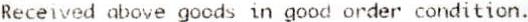
RECEIVED ABOVE GOODS IN GOOD ORDER CONDITION.